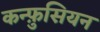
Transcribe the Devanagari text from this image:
कन्फ़ुसियन